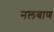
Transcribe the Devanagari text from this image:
नलबाण